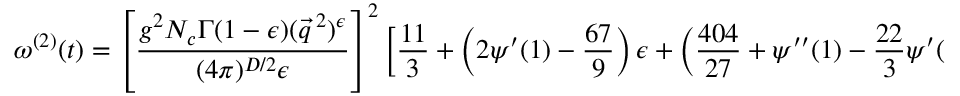
\omega ^ { ( 2 ) } ( t ) = \left[ \frac { g ^ { 2 } N _ { c } \Gamma ( 1 - \epsilon ) ( \vec { q } ^ { \: 2 } ) ^ { \epsilon } } { ( 4 \pi ) ^ { D / 2 } \epsilon } \right] ^ { 2 } \left[ \frac { 1 1 } { 3 } + \left( 2 \psi ^ { \prime } ( 1 ) - \frac { 6 7 } { 9 } \right) \epsilon + \left( \frac { 4 0 4 } { 2 7 } + \psi ^ { \prime \prime } ( 1 ) - \frac { 2 2 } { 3 } \psi ^ { \prime } ( 1 ) \right) \epsilon ^ { 2 } \right] \; ,